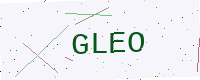
Text: GLEO